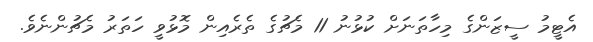
އެޓީމު ސީޒަންގެ މިހާތަނަށް ކުޅުނު 11 މެޗުގެ ތެރެއިން މޮޅުވީ ހަތަރު މެޗުންނެވެ.